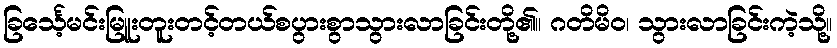
ခြင်္သေ့မင်းမြူးတူးတင့်တယ်စပွားစွာသွားလာခြင်းတို့၏။ ဂတိမိဝ၊ သွားလာခြင်းကဲ့သို့။